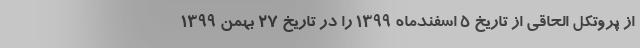
از پروتکل الحاقی از تاریخ ۵ اسفندماه ۱۳۹۹ را در تاریخ ۲۷ بهمن ۱۳۹۹